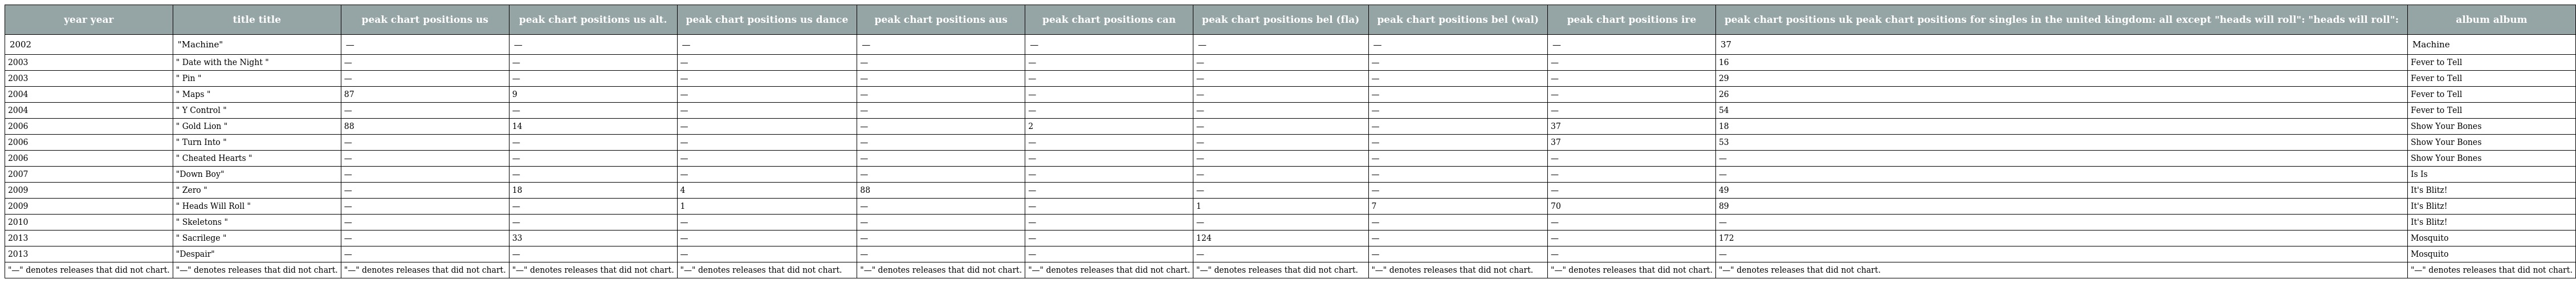
| year year | title title | peak chart positions us | peak chart positions us alt. | peak chart positions us dance | peak chart positions aus | peak chart positions can | peak chart positions bel (fla) | peak chart positions bel (wal) | peak chart positions ire | peak chart positions uk peak chart positions for singles in the united kingdom: all except "heads will roll": "heads will roll": | album album |
 | --- | --- | --- | --- | --- | --- | --- | --- | --- | --- | --- | --- |
 | 2002 | "Machine" | — | — | — | — | — | — | — | — | 37 | Machine |
 | 2003 | " Date with the Night " | — | — | — | — | — | — | — | — | 16 | Fever to Tell |
 | 2003 | " Pin " | — | — | — | — | — | — | — | — | 29 | Fever to Tell |
 | 2004 | " Maps " | 87 | 9 | — | — | — | — | — | — | 26 | Fever to Tell |
 | 2004 | " Y Control " | — | — | — | — | — | — | — | — | 54 | Fever to Tell |
 | 2006 | " Gold Lion " | 88 | 14 | — | — | 2 | — | — | 37 | 18 | Show Your Bones |
 | 2006 | " Turn Into " | — | — | — | — | — | — | — | 37 | 53 | Show Your Bones |
 | 2006 | " Cheated Hearts " | — | — | — | — | — | — | — | — | — | Show Your Bones |
 | 2007 | "Down Boy" | — | — | — | — | — | — | — | — | — | Is Is |
 | 2009 | " Zero " | — | 18 | 4 | 88 | — | — | — | — | 49 | It's Blitz! |
 | 2009 | " Heads Will Roll " | — | — | 1 | — | — | 1 | 7 | 70 | 89 | It's Blitz! |
 | 2010 | " Skeletons " | — | — | — | — | — | — | — | — | — | It's Blitz! |
 | 2013 | " Sacrilege " | — | 33 | — | — | — | 124 | — | — | 172 | Mosquito |
 | 2013 | "Despair" | — | — | — | — | — | — | — | — | — | Mosquito |
 | "—" denotes releases that did not chart. | "—" denotes releases that did not chart. | "—" denotes releases that did not chart. | "—" denotes releases that did not chart. | "—" denotes releases that did not chart. | "—" denotes releases that did not chart. | "—" denotes releases that did not chart. | "—" denotes releases that did not chart. | "—" denotes releases that did not chart. | "—" denotes releases that did not chart. | "—" denotes releases that did not chart. | "—" denotes releases that did not chart. |